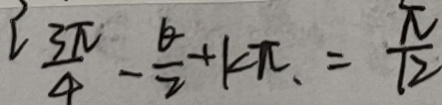
\frac { 3 \pi } { 4 } - \frac { \theta } { 2 } + k \pi = \frac { \pi } { 1 2 }